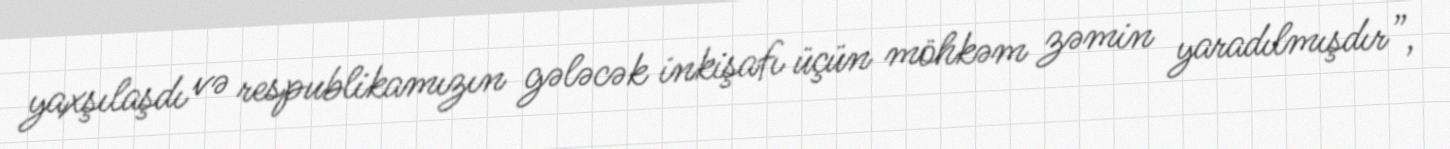
yaxşılaşdı və respublikamızın gələcək inkişafı üçün möhkəm zəmin yaradılmışdır”,